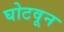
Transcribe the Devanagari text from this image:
घोटवून